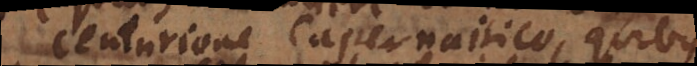
Centurione Capernaitico, quibus